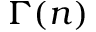
\Gamma ( n )